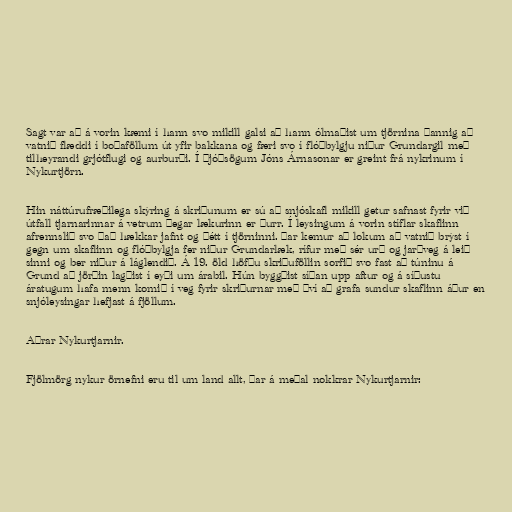
Sagt var að á vorin kæmi í hann svo mikill galsi að hann ólmaðist um tjörnina þannig að
vatnið flæddi í boðaföllum út yfir bakkana og færi svo í flóðbylgju niður Grundargil með
tilheyrandi grjótflugi og aurburði. Í Þjóðsögum Jóns Árnasonar er greint frá nykrinum í
Nykurtjörn.

Hin náttúrufræðilega skýring á skriðunum er sú að snjóskafl mikill getur safnast fyrir við
útfall tjarnarinnar á vetrum þegar lækurinn er þurr. Í leysingum á vorin stíflar skaflinn
afrennslið svo það hækkar jafnt og þétt í tjörninni. Þar kemur að lokum að vatnið brýst í
gegn um skaflinn og flóðbylgja fer niður Grundarlæk, rífur með sér urð og jarðveg á leið
sinni og ber niður á láglendið. Á 19. öld höfðu skriðuföllin sorfið svo fast að túninu á
Grund að jörðin lagðist í eyði um árabil. Hún byggðist síðan upp aftur og á síðustu
áratugum hafa menn komið í veg fyrir skriðurnar með því að grafa sundur skaflinn áður en
snjóleysingar hefjast á fjöllum.

Aðrar Nykurtjarnir.

Fjölmörg nykur örnefni eru til um land allt, þar á meðal nokkrar Nykurtjarnir: